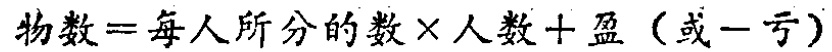
\(物数 = 每人所分的数\times 人数 + 盈（或 - 亏）\)